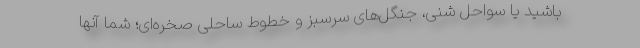
باشید یا سواحل شنی، جنگل‌های سرسبز و خطوط ساحلی صخره‌ای؛ شما آنها